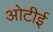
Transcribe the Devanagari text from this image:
ओटीई